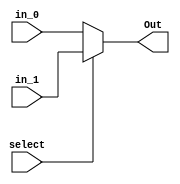
module MUX_2to1(
    input [param-1:0] in_0,
    input [param-1:0] in_1,
	 input select,
    output reg [param-1:0] Out
    );
	 
	parameter param = 32;
	
	always@(*)begin
		if(select)
			Out = in_1;
		else
			Out = in_0;
	end

endmodule